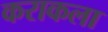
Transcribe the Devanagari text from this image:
कराकला